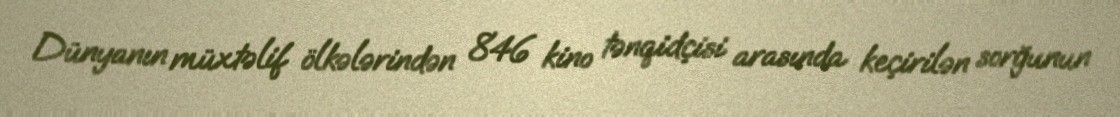
Dünyanın müxtəlif ölkələrindən 846 kino tənqidçisi arasında keçirilən sorğunun